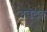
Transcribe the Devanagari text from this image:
द्‍वंद्‍व